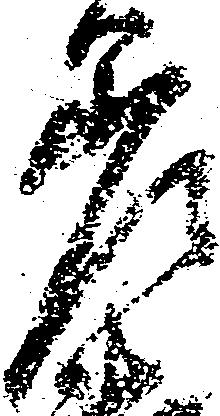
差